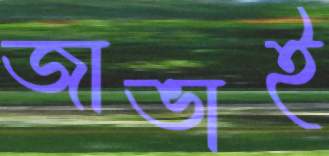
জাভাই